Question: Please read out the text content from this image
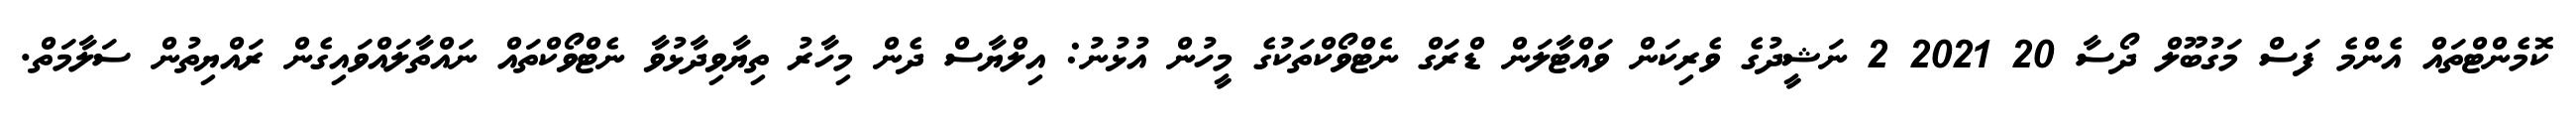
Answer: ކޮމެންޓްތައް އެންމެ ފަސް މަގުބޫލް ދޯސާ 20 2021 2 ނަޝީދުގެ ވެރިކަން ވައްޓާލަން ޑްރަގް ނެޓްވޯކްތަކުގެ މީހުން އުޅުނު: އިލްޔާސް ދެން މިހާރު ތިޔާވިދާޅުވާ ނެޓްވޯކްތައް ނައްތާލައްވައިގެން ރައްޔިތުން ސަލާމަތް.